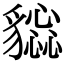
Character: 𧴕